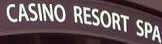
CASINO RESORT SPA